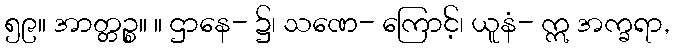
၅၉။ အာတ္တဉ္စ။ ။ ဌာနေ- ၌၊ သဏေ- ကြောင့်၊ ယူနံ- ဣ အက္ခရာ,